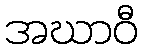
အဃာဝီ